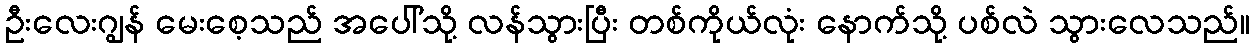
ဦးလေးဂျွန် မေးစေ့သည် အပေါ်သို့ လန်သွားပြီး တစ်ကိုယ်လုံး နောက်သို့ ပစ်လဲ သွားလေသည်။